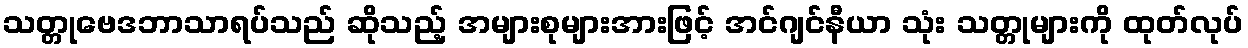
သတ္တုဗေဒဘာသာရပ်သည် ဆိုသည့် အများစုများအားဖြင့် အင်ဂျင်နီယာ သုံး သတ္တုများကို ထုတ်လုပ်